Reports on military cantonments and civil stations in the Presidency of Bombay inspected by the Sanitary Commissioner in the years 1875 and 1876
Year: 1875
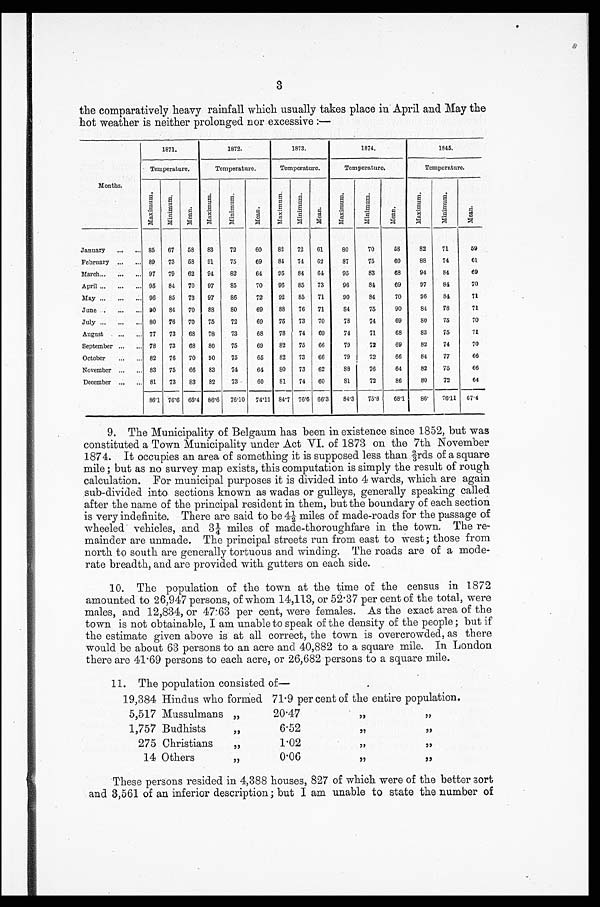
3
the comparatively heavy rainfall which usually takes place in April and May the
hot weather is neither prolonged nor excessive:—
Months.
1871.
1872.
1873.
1874.
1845.
Temperature.
Temperature.
Temperature.
Temperature.
Temperature.
Ma xi mum.
Mi n i mu m.
Mean.
Ma x i mu m.
Mi n i mu m.
Me a n .
Ma xi mum.
Mi n i mu m.
Mean.
Ma xi mum.
M i n i m u m .
Mean.
Ma x i mu m.
Mi ni mum.
M e a n .
January . . . 85
67
58
83
72
60
82
72
61
80
70
58
82
71
59
February . . . 89
73
58
91
75
69
84
74
62
87
75
60
8 8
74
6 1
March . . . 97
79
62
94
82
64
95
84
64
95
83
68
94
84
69
A p r i l . . . 95
84
70
97
85
70
96
85
73
96
84
69
97
84
70
May . . . 96
85
73
97
86
72
92
85
71
90
84
70
96
84
71
June . . . 90
84
70
88
80
69
88
76
71
8 4 75
90
84
78
7 1
July . . . 80
76
70
75
72
69
75
73
70
78
74
69
80
75
70
August . . . 77
73
68
78
73
68
78
74
69
74
71
68
83
75
71
September . . . 78
73
68
80
75
69
82
7 5
66
79
72
69
82
74
70
October . . . 82
76
70
90
75
65
82
73
66
79
72
6 6
84
77
66
November . . . 83
75
66
83
74
64
80
73
62
88
76
64
82
75
66
December . . . 81
73
83
82
73
60
81
74
60
81
72
86
80
72
64
86.1 76.6 66.4 86.6 76.10 74.11
84.7 76.6 66.3
84.3
75.8
68.1
86.
76.11 67.4
9. The Municipality of Belgaum has been in existence since 1852, but was
constituted a Town Municipality under Act VI. of 1873 on the 7th November
1874. It occupies an area of something it is supposed less than 2/3rds of a square
mile; but as no survey map exists, this computation is simply the result of rough
calculation. For municipal purposes it is divided into 4 wards, which are again
sub-divided into sections known as wadas or gulleys, generally speaking called
after the name of the principal resident in them, but the boundary of each section
is very indefinite. There are said to be 4½ miles of made-roads for the passage of
wheeled vehicles, and 3¼ miles of made-thoroughfare in the town. The re--
mainder are unmade. The principal streets run from east to west; those from
north to south are generally tortuous and winding. The roads are of a mode--
rate breadth, and are provided with gutters on each side.
10. The population of the town at the time of the census in 1872
amounted to 26,947 persons, of whom 14,113, or 52.37 per cent of the total, were
males, and 12,834, or 47.63 per cent, were females. As the exact area of the
town is not obtainable, I am unable to speak of the density of the people; but if
the estimate given above is at all correct, the town is overcrowded, as there
would be about 63 persons to an acre and 40,882 to a square mile. In London
there are 41.69 persons to each acre, or 26,682 persons to a square mile.
11. The population consisted of—
19,384 Hindus who formed 71.9 per cent of the entire population.
5,517 Mussulmans " 20.47 "
1,757 Budhists " 6.52 "
275 Christians "
1.02 "
14 Others " 0.06 " "
These persons resided in 4,388 houses, 827 of which were of the better sort
and 3,561 of an inferior description; but I am unable to state the number of